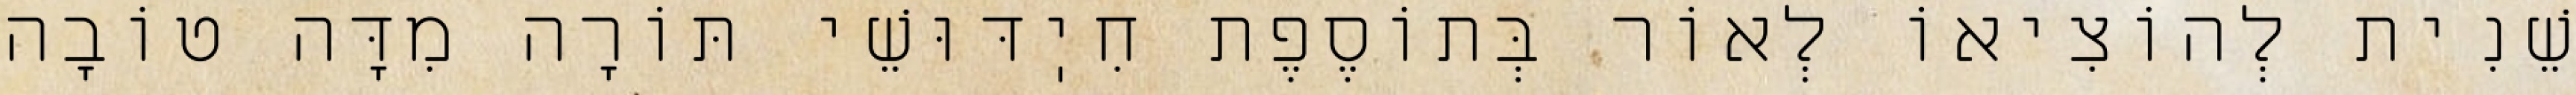
שֵׁנִית לְהוֹצִיאוֹ לְאוֹר בְּתוֹסֶפֶת חִיֽדּוּשֵׁי תּוֹרָה מִדָּה טוֹבָה